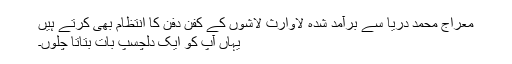
معراج محمد دریا سے برآمد شدہ لاوارث لاشوں کے کفن دفن کا انتظام بھی کرتے ہیں
یہاں آپ کو ایک دلچسپ بات بتاتا چلوں۔